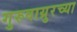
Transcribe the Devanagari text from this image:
गुरुवाय्रुरच्या